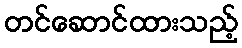
တင်ဆောင်ထားသည့်